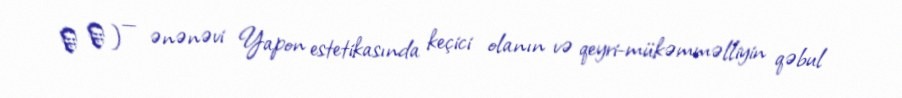
侘 寂) — ənənəvi Yapon estetikasında keçici olanın və qeyri-mükəmməlliyin qəbul